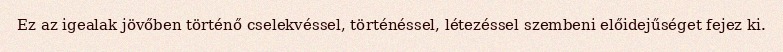
Ez az igealak jövőben történő cselekvéssel, történéssel, létezéssel szembeni előidejűséget fejez ki.